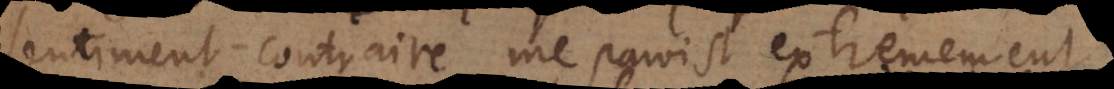
sentiment contraire me paroist extremement